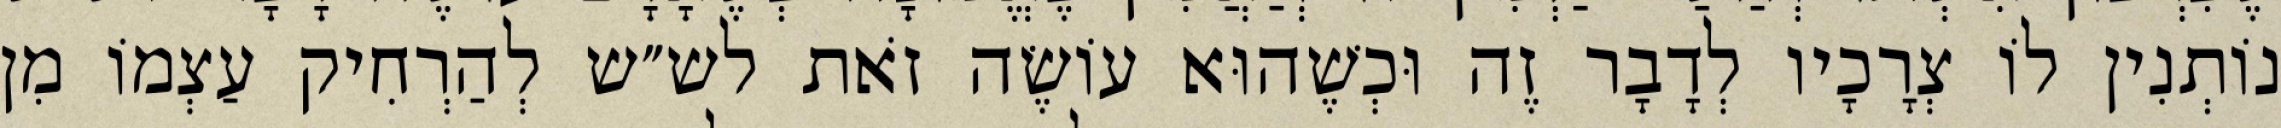
נוֹתְנִין לוֹ צְרָכָיו לְדָבָר זֶה וּכְשֶׁהוּא עוֹשֶׂה זֹאת לש״ש לְהַרְחִיק עַצְמוֹ מִן